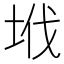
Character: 㘺